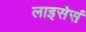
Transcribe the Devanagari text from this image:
लाइसेसं